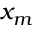
x _ { m }